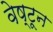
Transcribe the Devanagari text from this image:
वेष्टून